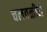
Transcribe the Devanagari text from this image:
चलवळीने